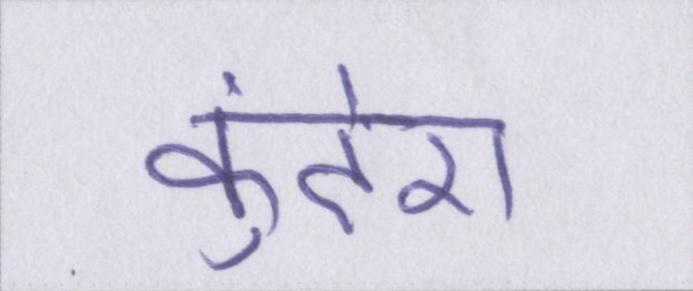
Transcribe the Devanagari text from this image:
कुंदेरा